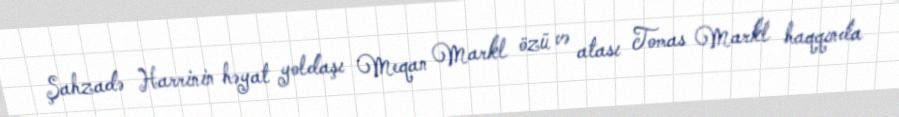
Şahzadə Harrinin həyat yoldaşı Meqan Markl özü və atası Tomas Markl haqqında